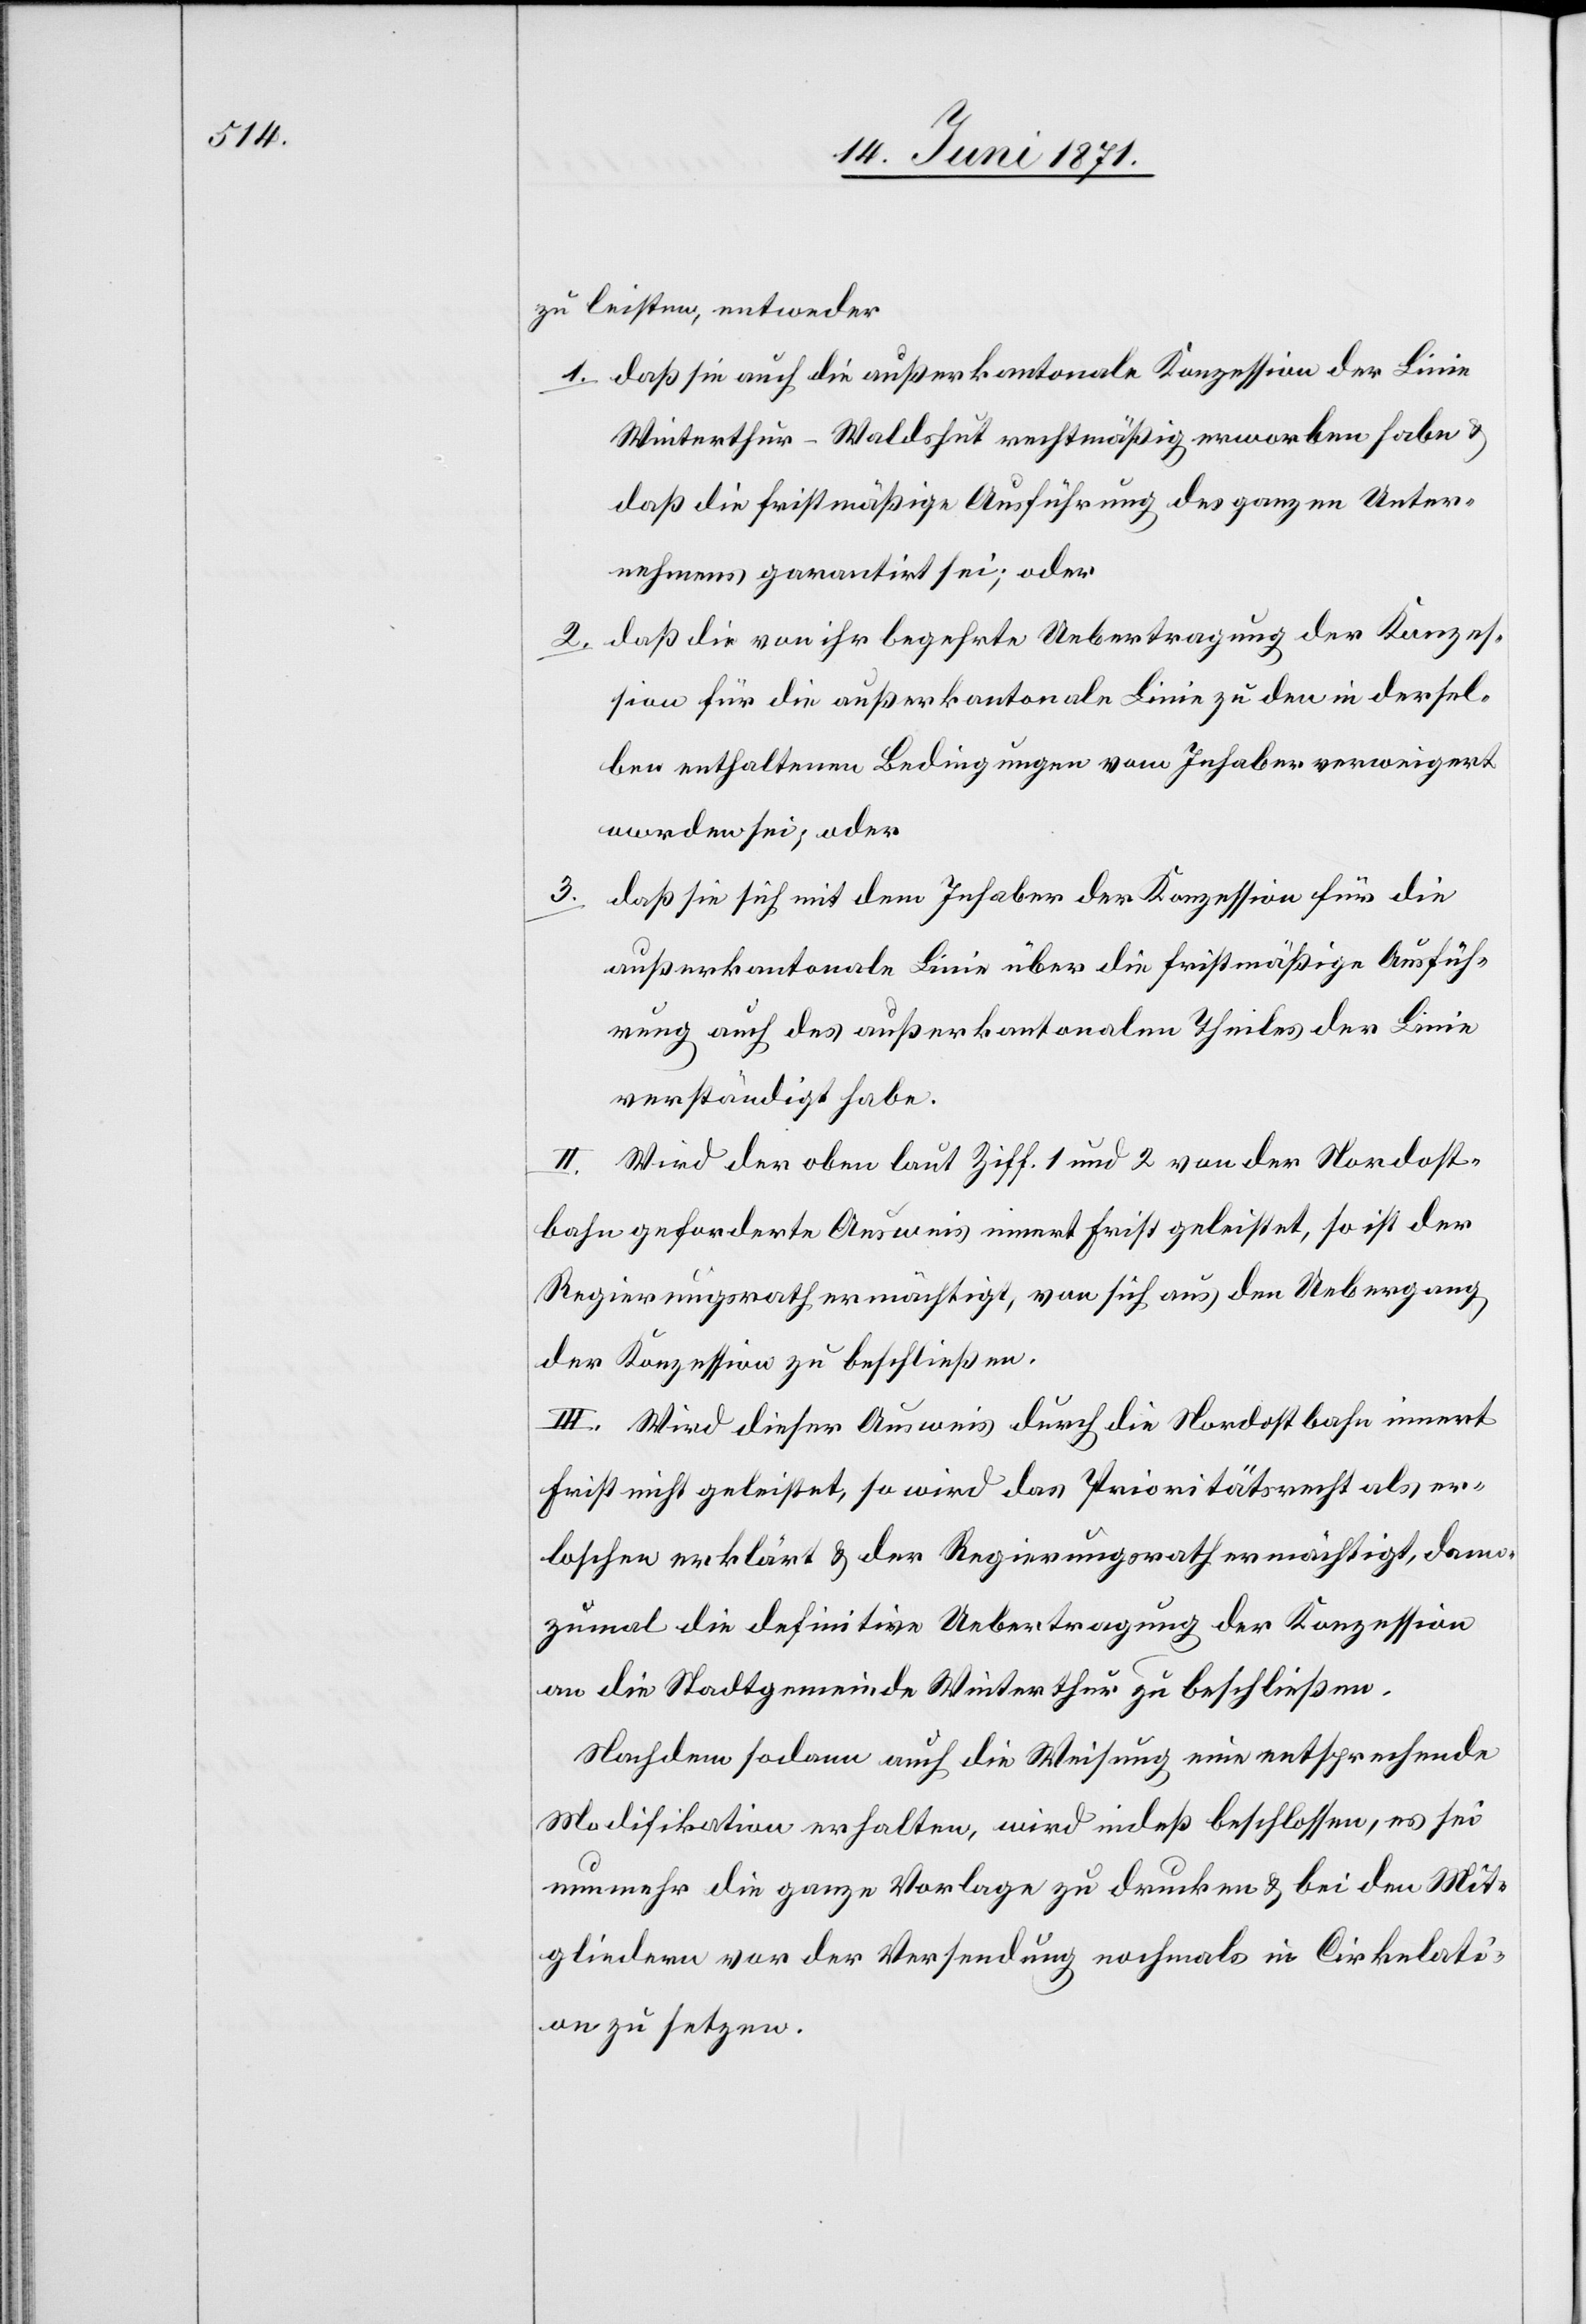
zu leisten, entweder
daß sie auch die außerkantonale Konzession der Linie
Winterthur-Waldshut rechtmäßig erworben habe u.
daß die Fristmäßige Ausführung des ganzen Unter¬
nehmens garantirt sei; oder
derselben enthaltenen Bedingungen vom Inhaber verweigert
worden sei; oder
3.
daß sie sich mit dem Inhaber der Konzession für die
außerkantonale Linie über die fristmäßige Ausfüh¬
rung auch des außerkantonalen Theiles der Linie
verständigt habe.
II. Wird der oben lauf Ziff. 1 und 2 von der Nordost¬
bahn geforderte Ausweis innert Frist geleistet, so ist der
Regierungsrath ermächtigt, von sich aus den Uebergang
der Konzession zu beschließen.
III. Wird dieser Ausweis durch die Nordostbahn innert
Frist nicht geleistet, so wird das Prioritätsrecht als er¬
loschen erklärt u. der Regierungsrath ermächtigt, dann¬
zumal die definitive Uebertragung der Konzession
an die Stadtgemeinde Winterthur zu beschließen.
Nachdem sodann auch die Weisung eine entsprechende
Modifikation erhalten, wird indeß beschlossen, es sei
nunmehr die ganze Vorlage zu drucken u. bei den Mit¬
gliedern vor der Versendung nochmals in Cirkulati¬
on zu setzen.